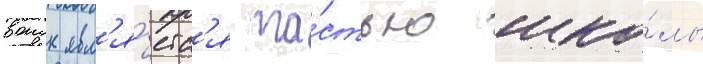
воиск явл'я́етс'я ча́стью шко́лы